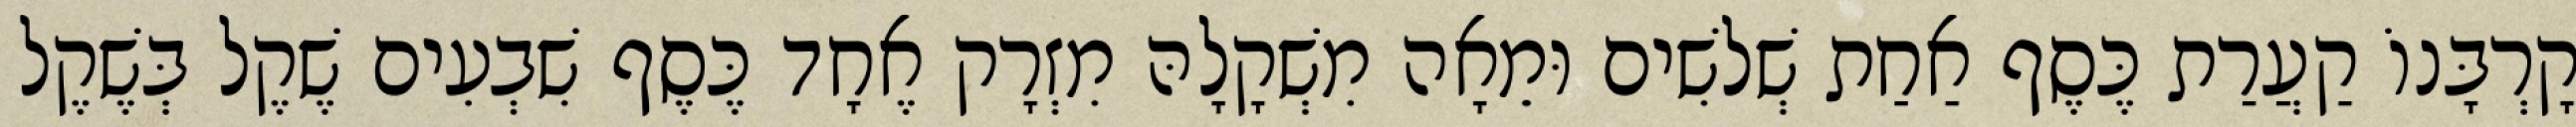
קָרְבָּנוֹ קַעֲרַת כֶּסֶף אַחַת שְׁלשִׁים וּמֵאָה מִשְׁקָלָהּ מִזְרָק אֶחָד כֶּסֶף שִׁבְעִים שֶׁקֶל בְּשֶׁקֶל